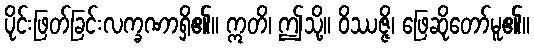
ပိုင်းဖြတ်ခြင်းလက္ခဏာရှိ၏။ ဣတိ၊ ဤသို့။ ဝိဿဇ္ဇိ၊ ဖြေဆိုတော်မူ၏။